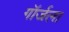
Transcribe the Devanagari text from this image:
गॉर्जला